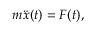
m \ddot { x } ( t ) = F ( t ) ,